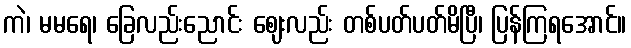
ကဲ၊ မမရေ၊ ခြေလည်းညောင်း ဈေးလည်း တစ်ပတ်ပတ်မိပြီ၊ ပြန်ကြရအောင်။